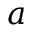
a